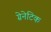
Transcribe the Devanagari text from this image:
ग्रेनेटिक